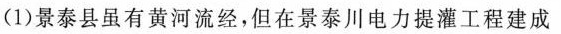
(1)景泰县虽有黄河流经，但在景泰川电力提灌工程建成